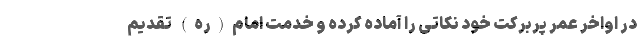
در اواخر عمر پربرکت خود نکاتی را آماده کرده و خدمت امام(ره) تقدیم